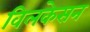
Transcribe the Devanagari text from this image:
विलकेसन